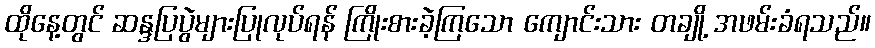
ထိုနေ့တွင် ဆန္ဒပြပွဲများပြုလုပ်ရန် ကြိုးစားခဲ့ကြသော ကျောင်းသား တချို့ အဖမ်းခံရသည်။